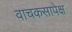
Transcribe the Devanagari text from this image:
वाचकसापेक्ष